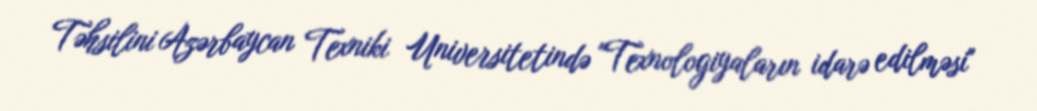
Təhsilini Azərbaycan Texniki Universitetində "Texnologiyaların idarə edilməsi"